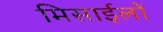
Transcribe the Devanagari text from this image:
मिसाईलों